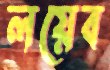
লয়েব